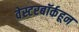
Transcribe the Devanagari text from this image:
वेस्टरबॉर्कहून